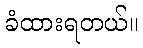
ခံထားရတယ်။